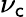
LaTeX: \nu_{\mathsf{c}}